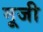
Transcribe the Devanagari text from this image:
मूजी